Indian journal of veterinary science and animal husbandry - Volume 9,
Year: 1939
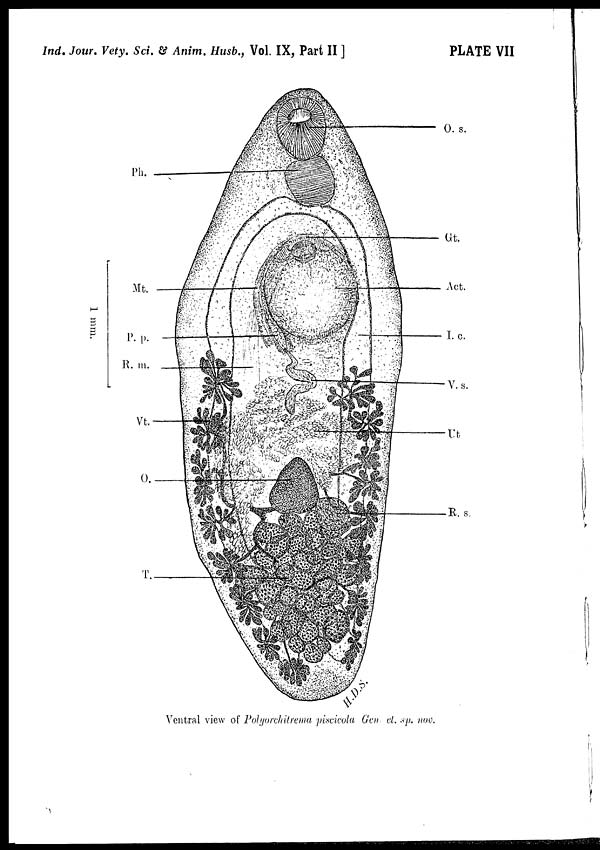
Ind. Jour. Vety. Sci. & Anim. Husb., Vol. IX, Part II ]
PLATE VII
Ventral view of Polyorchitrema piscicola Gen el. sp. nov.